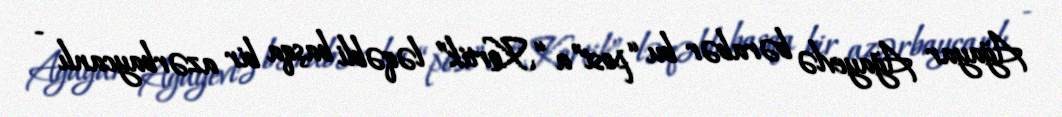
Ağayar Ağayevlə bərabər bu “post”a “Kortik” ləqəbli başqa bir azərbaycanlı -